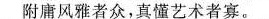
附庸风雅者众，真懂艺术者寡。